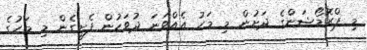
މި ޕްރޮމޯޝަންގެ ދަށުން މި މަހު އެއްވަނަ ދުވަހުން ފެށިގެން މި މަހުގެ